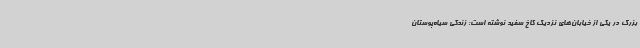
بزرگ در یکی از خیابان‌های نزدیک کاخ سفید نوشته است: زندگی سیاه‌پوستان